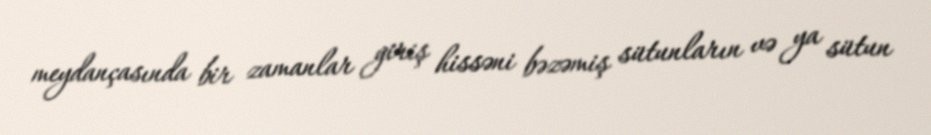
meydançasında bir zamanlar giriş hissəni bəzəmiş sütunların və ya sütun